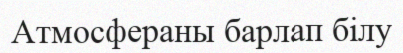
Атмосфераны барлап білу